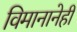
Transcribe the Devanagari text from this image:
विमानानेही